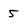
Character: 5